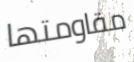
مقاومتها